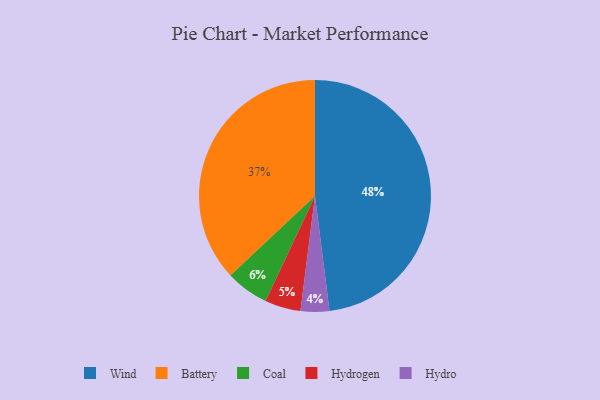
{"axis": {"x": "Category", "y": "Percentage"}, "legend": ["Battery", "Coal", "Hydro", "Hydrogen", "Wind"], "data": [{"x": "Coal", "y": 6, "type": "Coal"}, {"x": "Wind", "y": 48, "type": "Wind"}, {"x": "Hydrogen", "y": 5, "type": "Hydrogen"}, {"x": "Hydro", "y": 4, "type": "Hydro"}, {"x": "Battery", "y": 37, "type": "Battery"}]}